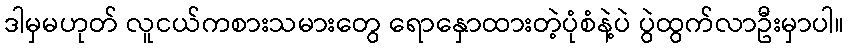
ဒါမှမဟုတ် လူငယ်ကစားသမားတွေ ရောနှောထားတဲ့ပုံစံနဲ့ပဲ ပွဲထွက်လာဦးမှာပါ။